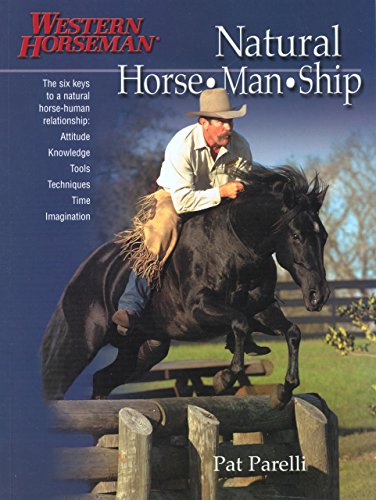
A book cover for Natural Horse-Man-Ship: Six Keys to a Natural Horse-Human Relationship (A Western Horseman Book); Pat Parelli; Crafts, Hobbies & Home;